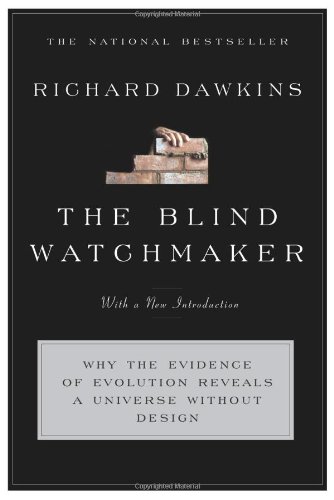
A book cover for The Blind Watchmaker: Why the Evidence of Evolution Reveals a Universe without Design (Reissued in 2006 and 1996); Richard Dawkins; Science & Math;